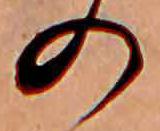
の